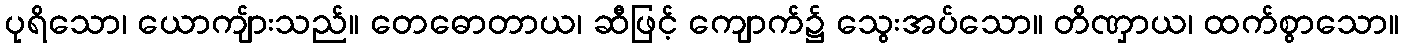
ပုရိသော၊ ယောကျ်ားသည်။ တေဓောတာယ၊ ဆီဖြင့် ကျောက်၌ သွေးအပ်သော။ တိဏှာယ၊ ထက်စွာသော။